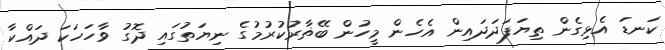
ކަނޑަ އެޅިގެން ތިޔަފަދަދައިން އެހެން މީހުން ބޭޡާރުކުރުމުގެ ނިޔަތުގައި ދޮގު ވާހަހަކަ ދައްކާ